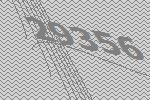
29356